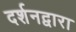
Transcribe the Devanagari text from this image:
दर्शनद्वारा